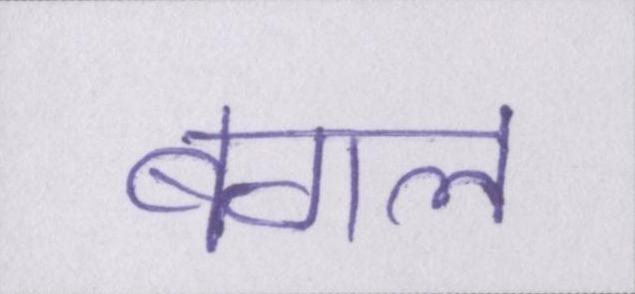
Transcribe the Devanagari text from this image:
बगल